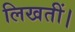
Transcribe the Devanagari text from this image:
लिखतीं।